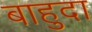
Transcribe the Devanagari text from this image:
बाहुदा